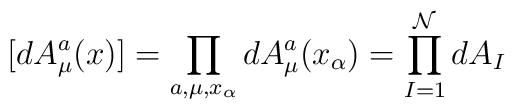
[dA^{a}_{\mu}(x)]={\prod_{a,\mu,x_{\alpha}}dA^{a}_{\mu}(x_{\alpha})={\prod_{I=1}^{\mathcal{N}}dA_{I}}}